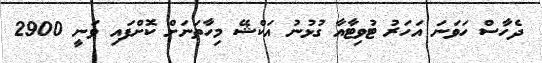
ދެހާސް ހަވަނަ އަހަރު ޓުވިޓާއާ ގުޅުނު އަކްޝޭ މިހާތަނަށް ކޮށްފައި ވަނީ 2900